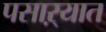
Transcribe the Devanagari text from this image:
पसाऱ्यात